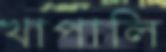
খাপালি